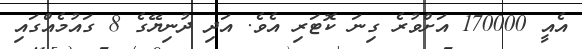
އެއީ 170000 އަށްވުރެ ގިނަ ކޮޓަރި އެވެ. އަދި ދުނިޔޭގެ 8 ގައުމެއްގައި